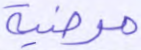
مرضية